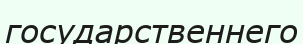
государственнего